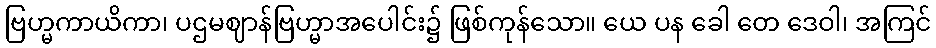
ဗြဟ္မကာယိကာ၊ ပဌမဈာန်ဗြဟ္မာအပေါင်း၌ ဖြစ်ကုန်သော။ ယေ ပန ခေါ တေ ဒေဝါ၊ အကြင်